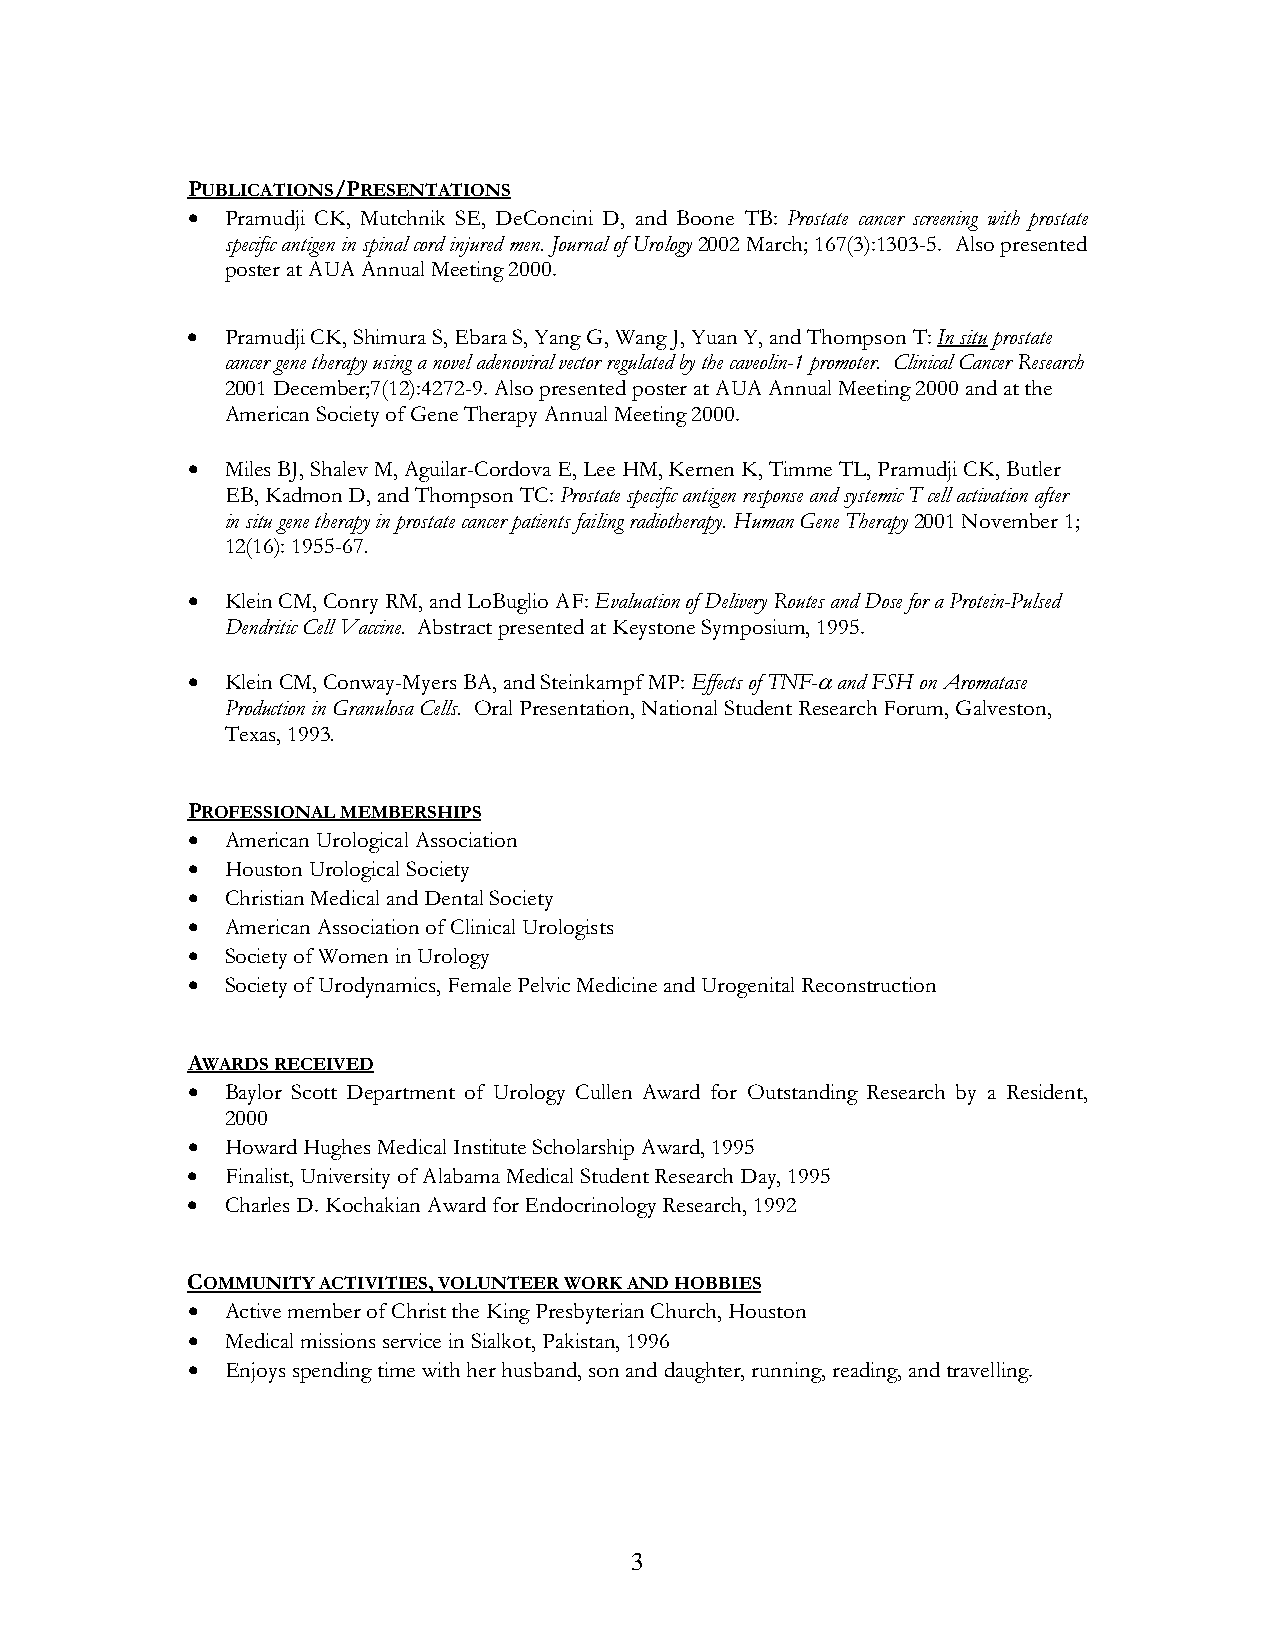
PUBLICATIONS/PRESENTATIONS
   Pramudji CK, Mutchnik SE, DeConcini D, and Boone TB: Prostate cancer screening with prostate
 specific antigen in spinal cord injured men. Journal of Urology 2002 March; 167(3):1303-5. Also presented
 poster at AUA Annual Meeting 2000.
   Pramudji CK, Shimura S, Ebara S, Yang G, Wang J, Yuan Y, and Thompson T: In situ prostate
 cancer gene therapy using a novel adenoviral vector regulated by the caveolin-1 promoter. Clinical Cancer Research
 2001 December;7(12):4272-9. Also presented poster at AUA Annual Meeting 2000 and at the
 American Society of Gene Therapy Annual Meeting 2000.
   Miles BJ, Shalev M, Aguilar-Cordova E, Lee HM, Kernen K, Timme TL, Pramudji CK, Butler
 EB, Kadmon D, and Thompson TC: Prostate specific antigen response and systemic T cell activation after
 in situ gene therapy in prostate cancer patients failing radiotherapy. Human Gene Therapy 2001 November 1;
 12(16): 1955-67.
   Klein CM, Conry RM, and LoBuglio AF: Evaluation of Delivery Routes and Dose for a Protein-Pulsed
 Dendritic Cell Vaccine. Abstract presented at Keystone Symposium, 1995.
   Klein CM, Conway-Myers BA, and Steinkampf MP: Effects of TNF- and FSH on Aromatase
 Production in Granulosa Cells. Oral Presentation, National Student Research Forum, Galveston,
 Texas, 1993.
 PROFESSIONAL MEMBERSHIPS
   American Urological Association
   Houston Urological Society
   Christian Medical and Dental Society
   American Association of Clinical Urologists
   Society of Women in Urology
   Society of Urodynamics, Female Pelvic Medicine and Urogenital Reconstruction
 AWARDS RECEIVED
   Baylor Scott Department of Urology Cullen Award for Outstanding Research by a Resident,
 2000
   Howard Hughes Medical Institute Scholarship Award, 1995
   Finalist, University of Alabama Medical Student Research Day, 1995
   Charles D. Kochakian Award for Endocrinology Research, 1992
 COMMUNITY ACTIVITIES, VOLUNTEER WORK AND HOBBIES
   Active member of Christ the King Presbyterian Church, Houston
   Medical missions service in Sialkot, Pakistan, 1996
   Enjoys spending time with her husband, son and daughter, running, reading, and travelling.
 3